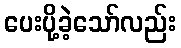
ပေးပို့ခဲ့သော်လည်း